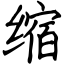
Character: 缩